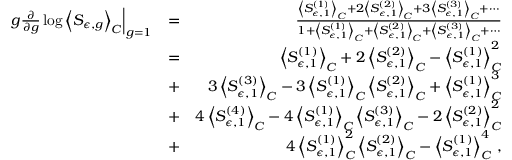
\begin{array} { r l r } { \left. g \frac { \partial } { \partial g } \log \left< S _ { \epsilon , g } \right> _ { C } \right| _ { g = 1 } } & { = } & { \frac { \left< S _ { \epsilon , 1 } ^ { ( 1 ) } \right> _ { C } + 2 \left< S _ { \epsilon , 1 } ^ { ( 2 ) } \right> _ { C } + 3 \left< S _ { \epsilon , 1 } ^ { ( 3 ) } \right> _ { C } + \cdots } { 1 + \left< S _ { \epsilon , 1 } ^ { ( 1 ) } \right> _ { C } + \left< S _ { \epsilon , 1 } ^ { ( 2 ) } \right> _ { C } + \left< S _ { \epsilon , 1 } ^ { ( 3 ) } \right> _ { C } + \cdots } } \\ & { = } & { \left< S _ { \epsilon , 1 } ^ { ( 1 ) } \right> _ { C } + 2 \left< S _ { \epsilon , 1 } ^ { ( 2 ) } \right> _ { C } - \left< S _ { \epsilon , 1 } ^ { ( 1 ) } \right> _ { C } ^ { 2 } } \\ & { + } & { 3 \left< S _ { \epsilon , 1 } ^ { ( 3 ) } \right> _ { C } - 3 \left< S _ { \epsilon , 1 } ^ { ( 1 ) } \right> _ { C } \left< S _ { \epsilon , 1 } ^ { ( 2 ) } \right> _ { C } + \left< S _ { \epsilon , 1 } ^ { ( 1 ) } \right> _ { C } ^ { 3 } } \\ & { + } & { 4 \left< S _ { \epsilon , 1 } ^ { ( 4 ) } \right> _ { C } - 4 \left< S _ { \epsilon , 1 } ^ { ( 1 ) } \right> _ { C } \left< S _ { \epsilon , 1 } ^ { ( 3 ) } \right> _ { C } - 2 \left< S _ { \epsilon , 1 } ^ { ( 2 ) } \right> _ { C } ^ { 2 } } \\ & { + } & { 4 \left< S _ { \epsilon , 1 } ^ { ( 1 ) } \right> _ { C } ^ { 2 } \left< S _ { \epsilon , 1 } ^ { ( 2 ) } \right> _ { C } - \left< S _ { \epsilon , 1 } ^ { ( 1 ) } \right> _ { C } ^ { 4 } \, , } \end{array}